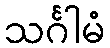
သင်္ဂါမံ